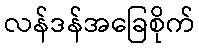
လန်ဒန်အခြေစိုက်